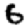
Digit: 6